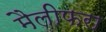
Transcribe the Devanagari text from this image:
मैलीफरा